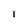
Character: I